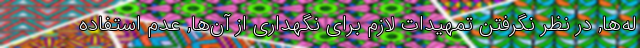
له‌ها, در نظر نگرفتن تمهیدات لازم برای نگهداری از آن‌ها, عدم استفاده